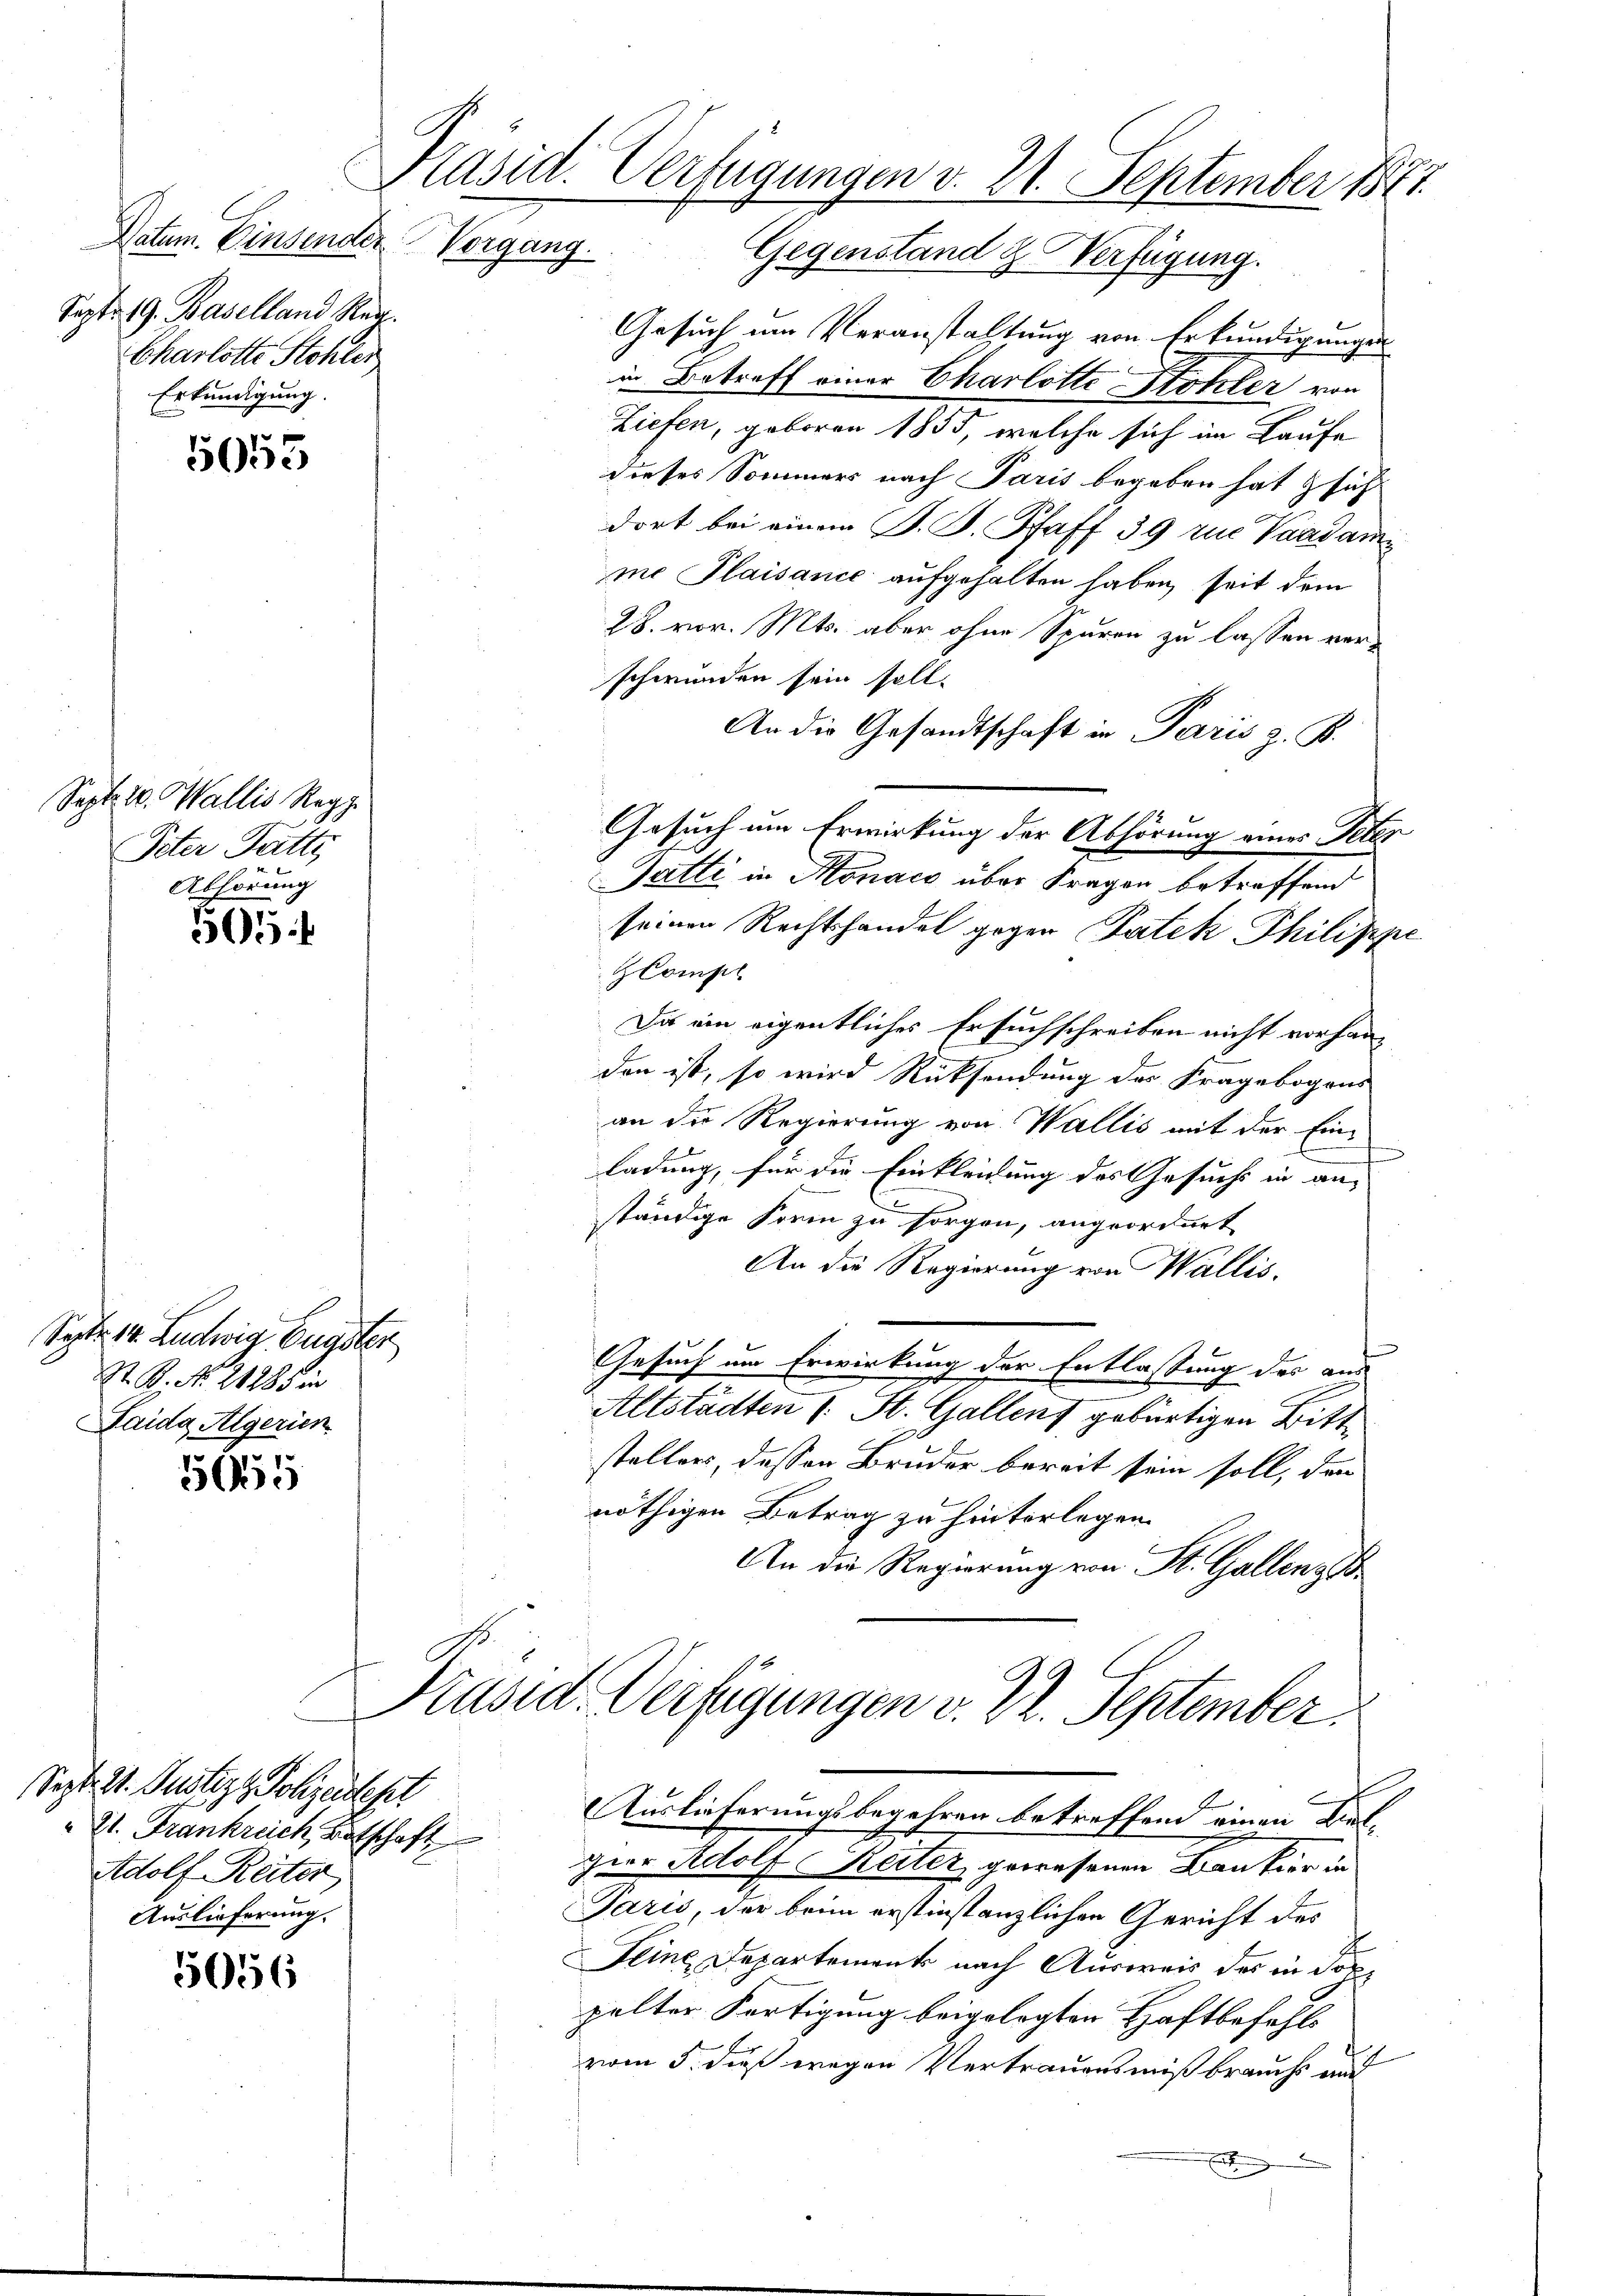
Datum. Einsender
Sept. 19. Baselland Reg.
Charlotte Stehler
Erkundigung.

5055

Sept. 10. Wallis Repp
Peter Fatti
Abhörung

505

Sept. 14. Ludwig, Eugster
St. P. Nr. 21285 in
Paida Algerien

555

Sept. 21. Justiz & Polizendest
21. Frankreich, Botschaft
Adolf Reiter
Auslieferung.

5056

Präsid. Verfügungen v. 21. September 1871.
Vorgang.
Gegenstand & Verfügung.

Gesuch um Veranstaltung von Erkundigungen
in Betreff einer Charlotte Stöhler von
Ziefen, geboren 1855, welche sich im Laufe
dieses Sommers nach Paris begeben hat sich
dort bei einem P. F. Pfaff 39 zu Vandamme Plaisance aufgehalten haben, seit dem
28. vor. Mts. aber ohne Spuren zu lassen verschwunden sein soll.
An die Gesandtschaft in Paris z. B.
Gesuch um Erwirkung der Abhörung eines Peter
Gatti in Monach über Fragen betreffend
seinen Rechtshandel gegen Patek Philippe
Compl
Da ein eigentliches Ersuchschreiben nicht vorhanden ist, so wird Rücksendung des Fragebogens
an die Regierung von Wallis mit der Einladung, für die Einkleidung des Gesuchs in an-
ständige Frein zu sorgen, angeordnet
An die Regierung von Wallis.
Gesuch um Erwirkung der Entlassung des aus
Altstädten (: St. Gallenz gebürtigen Bitt
stellers, dessen Bruder bereit sein soll, den
nöthigen Betrag zu hinterlegen.
An die Regierung von St. Gallenz d

Jaris, der beim erstinstanzlichen Gericht des
s
Seine Departement nach Ausweis des in dop
palter Fertigung beigelegten Haftbefehls
vom 5. dieß wegen Vertrauensmißbrauchs auf
Ent

Präsid. Verfügungen v. 22. September
Auslieferungsbegehren betreffend einen Bet-
Herr Adolf Reiter, gewesenen Bankier in